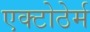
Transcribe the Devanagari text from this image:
एक्टोठेर्म